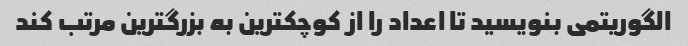
الگوریتمی بنویسید تا اعداد را از کوچکترین به بزرگترین مرتب کند